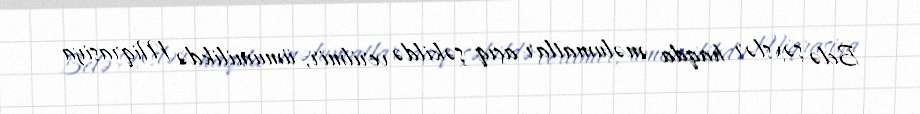
Belə şəxslər haqda məlumatlar açıq şəkildə verilmir, ümumilikdə Miqrasiya